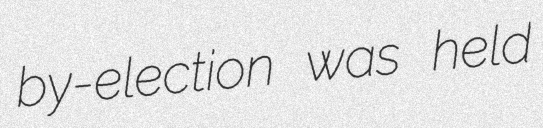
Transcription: by-election was held